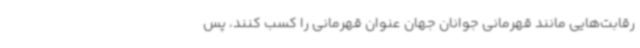
رقابت‌هایی مانند قهرمانی جوانان جهان عنوان قهرمانی را کسب کنند، ‌پس